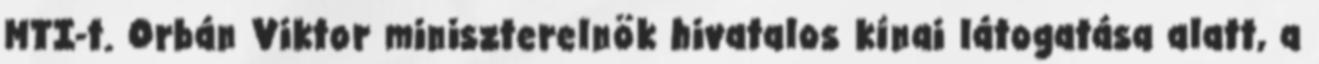
MTI-t. Orbán Viktor miniszterelnök hivatalos kínai látogatása alatt, a